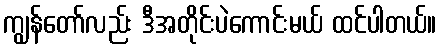
ကျွန်တော်လည်း ဒီအတိုင်းပဲကောင်းမယ် ထင်ပါတယ်။